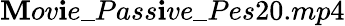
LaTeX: \mathbf{M}ov\mathbf{i}e\_ Pass\mathbf{i}ve\_ Pes20.mp4